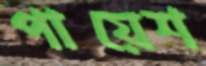
পায়েশ